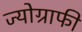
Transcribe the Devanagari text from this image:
ज्योग्राफी